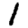
Digit: 1